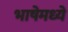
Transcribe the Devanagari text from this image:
भाषेमध्‍ये